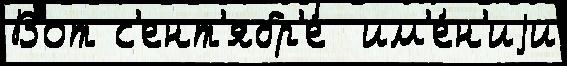
Вот с'ент'ябр'е́  им'е́н'иjи